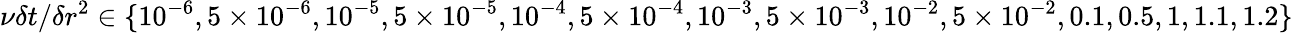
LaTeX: \nu\delta t/\delta r^{2}\in\{ 10^{-6},5\times 10^{-6},10^{-5},5\times 10^{-5},10^{-4},5\times 10^{-4},10^{-3},5\times 10^{-3},10^{-2},5\times 10^{-2},0.1,0.5,1,1.1,1.2\}